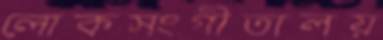
লোকসংগীতালয়